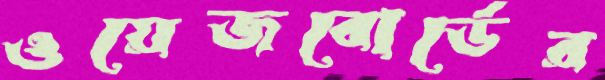
ওয়েজবোর্ডের